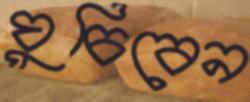
ঘুচিবেন